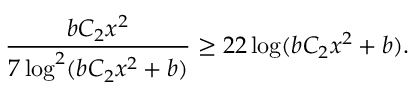
\frac { b C _ { 2 } x ^ { 2 } } { 7 \log ^ { 2 } ( b C _ { 2 } x ^ { 2 } + b ) } \geq 2 2 \log ( b C _ { 2 } x ^ { 2 } + b ) .